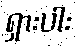
ရှားပါး